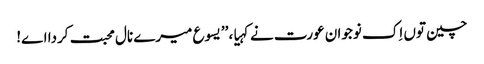
چین توں اِک نوجوان عورت نے کہیا، ’’یسوع میرے نال محبت کردا اے!